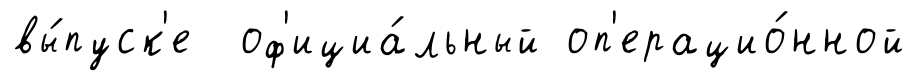
вы́пуск'е оф'ициа́льный оп'ерацио́нной